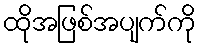
ထိုအဖြစ်အပျက်ကို